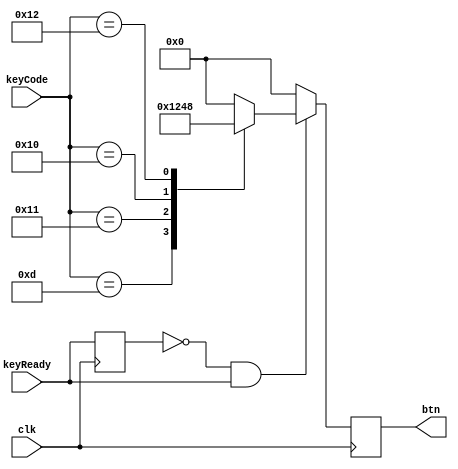
`timescale 1ns / 1ps
//////////////////////////////////////////////////////////////////////////////////
// Company: 
// Engineer: 
// 
// Design Name: 
// Module Name:    keytobtn 
// Project Name: 
// Target Devices: 
// Tool versions: 
// Description: 
//
// Dependencies: 
//
// Revision: 
// Revision 0.01 - File Created
// Additional Comments: 
//
//////////////////////////////////////////////////////////////////////////////////
module BtnDecode(
input clk,
input keyReady,
input [4:0] keyCode,
output reg [3:0]btn
    );
	reg wasReady;
	initial wasReady = 0;
	always @(posedge clk) begin
			wasReady <= keyReady;
			if (!wasReady&&keyReady) begin
				case (keyCode)
					5'b01101: btn=4'b0001;
					5'b10001: btn=4'b0010;
					5'b10000: btn=4'b0100;
					5'b10010: btn=4'b1000;
					default: btn=4'b0000;
				endcase
			end
            else btn=4'b0000;
	end
	

endmodule